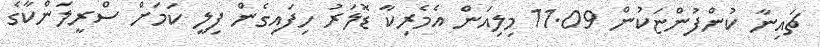
ޗައިނާ ކުންފުންޏަކުން 11.09 މިލިއަން އެމެރިކާ ޑޮލަރު ހިފައިގެން ފިލީ ކަމަށް ސްރީލަންކާގެ